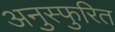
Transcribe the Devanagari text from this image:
अनुस्फुरित